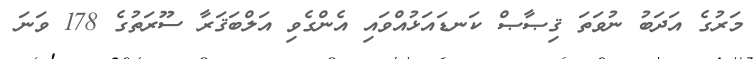
މަރުގެ އަދަބު ނުވަތަ ޤިޞާޞް ކަނޑައަޅުއްވައި އެންގެވި އަލްބަޤަރާ ސޫރަތުގެ 178 ވަނަ